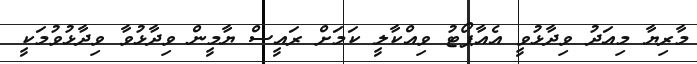
މާރިޔާ މިއަދު ވިދާޅުވީ އެއާޕޯޓު ވިއްކާލީ ކަމަށް ރައީސް ޔާމީން ވިދާޅުވާ ވިދާޅުވުމަކީ